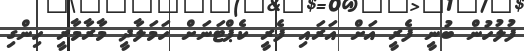
ފުލުހުން ބުނީ ފެރީ އަށް އަރައި ފެރީ ކެޕްޓަނަށް ހަމަލާދީ މާރާމާރީ ހިންގި